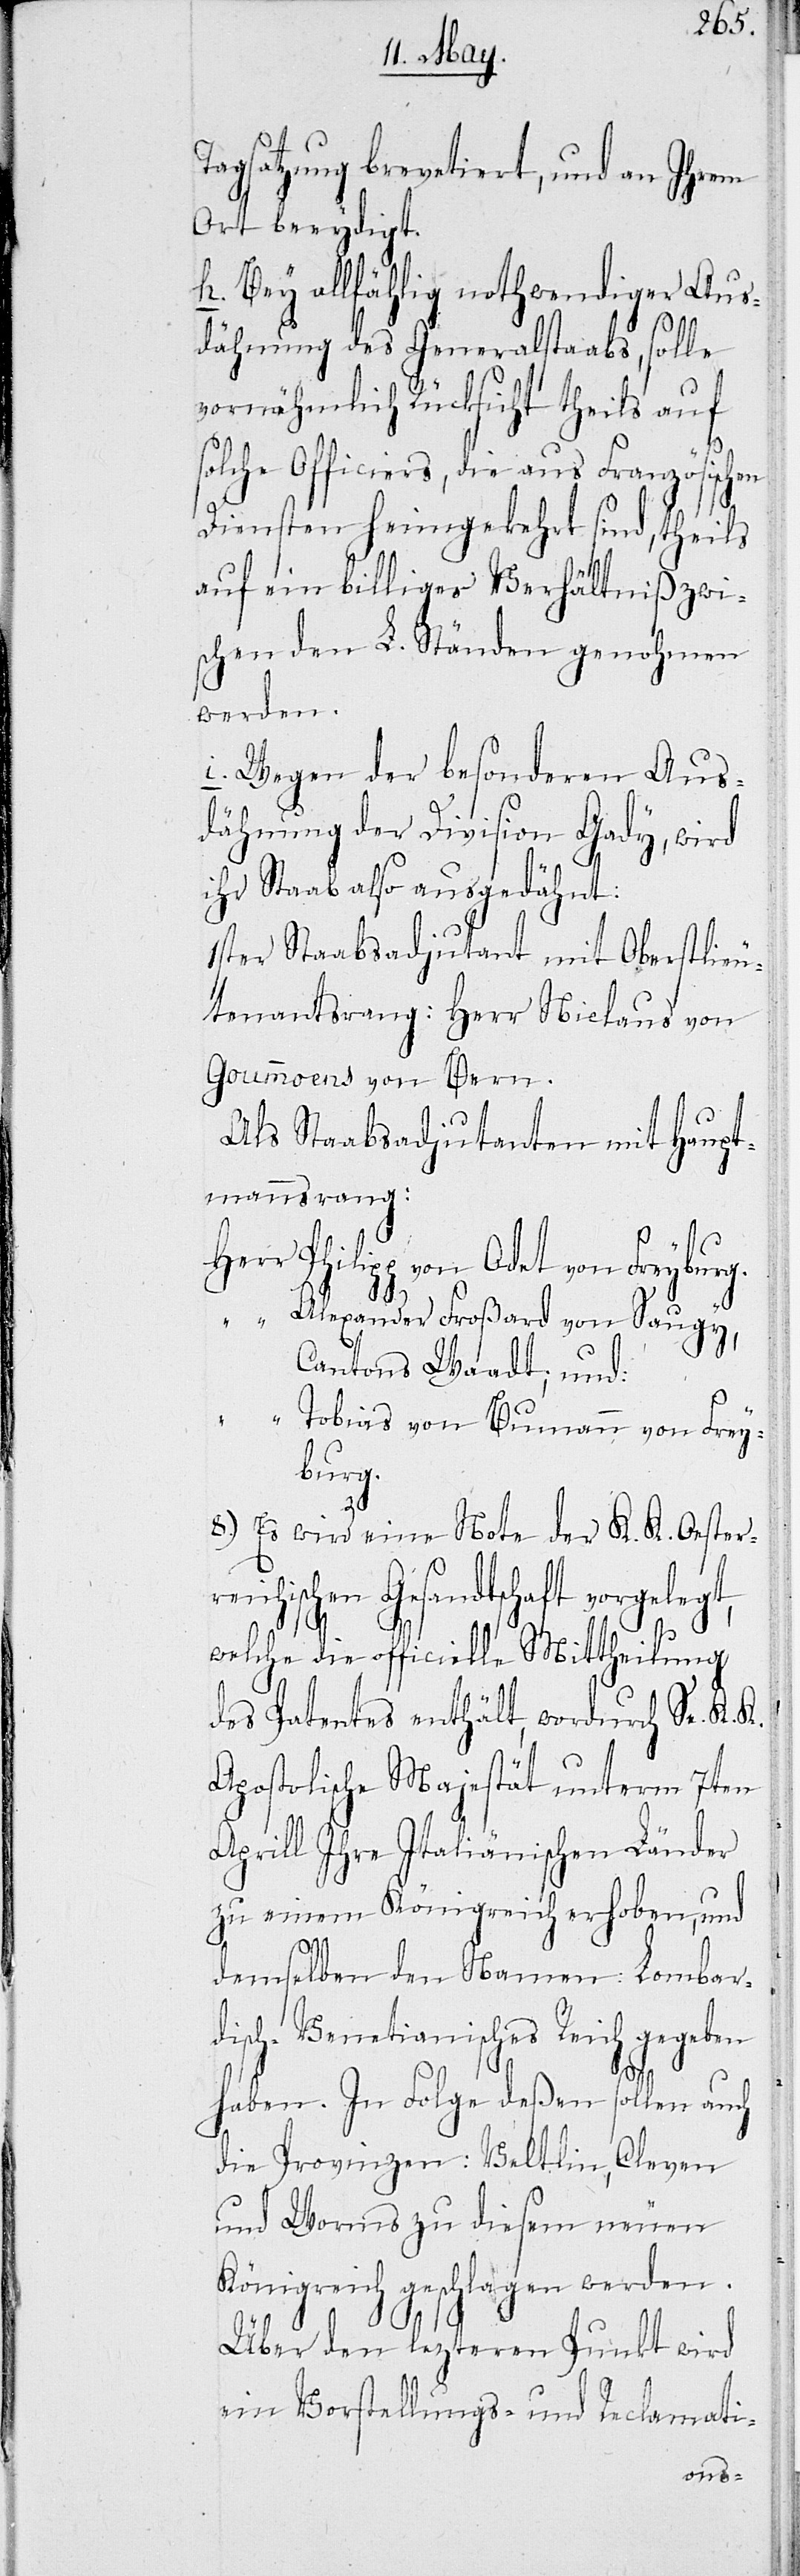
reich¬
Tagsatzung brevetiert, und an ihrem
Ort beeydigt.
h. Bey allfählig nothwendiger Aus¬
dähnung des Generalstaabs, solle
vornähmlich Rücksicht theils auf
solche Officiers, die aus Französischen
Diensten heimgekehrt sind, theils
auf ein billiges Verhältniß zwi¬
schen den L. Ständen genohmen
werden.
i. Wegen der besonderen Aus¬
dähnung der Division Gady, wird
ihr Staab also ausgedähnt:
1ster Staabsadjutant mit Oberstlieu¬
tenantsrang: Herr Niclaus von
Goummoens von Bern.
Als Staabsadjutant mit Haupt¬
mannsrang:
Herr Philipp von Odet von Freybur¬
g.
Alexander Froßard von Saugy,
Cantons Waadt; und:
„ Tobias von Bumann von Frey¬
burg.
t,
8.) Es wird eine Note der K. K. Oester¬
ischen Gesandtschaft vorgeleg¬
welche die officielle Mittheilung
des Patentes enthält, wodurch Se. K. K.
Apostolische Majestät unterm 7ten
Aprill Ihre Italiänischen Länder
zu einem Königreich erhoben, und
demselben den Namen: Lombar¬
disch-Venetianisches Reich gegeben
haben. In Folge deßen sollen auch
die Provinzen: Veltlin, Cleven
und Worms zu diesem neuen
Königreich geschlagen werden.
Über den lezteren Punkt wird
ein Vorstellungs- und Reclamati-